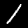
Digit: 1